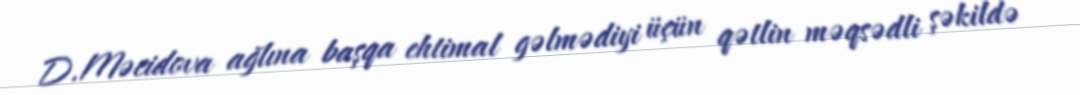
D.Məcidova ağlına başqa ehtimal gəlmədiyi üçün qətlin məqsədli şəkildə